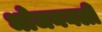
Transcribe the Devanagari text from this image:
भोजननली